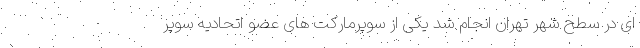
ای در سطح شهر تهران انجام شد یکی از سوپرمارکت های عضو اتحادیه سوپر